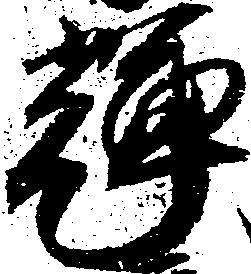
輝